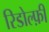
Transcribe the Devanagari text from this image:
रिडोल्फ़ी